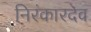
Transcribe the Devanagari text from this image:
निरंकारदेव